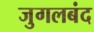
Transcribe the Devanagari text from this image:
जुगलबंद